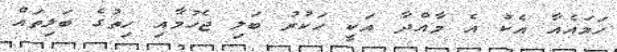
ހަމައެއާ އެކު އެ މާއްދާ އަކީ ހަކުރު ބަލި ޖެހުމާއި ހިތުގެ ބަލިތައް